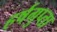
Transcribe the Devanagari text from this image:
हर्षगुप्ता